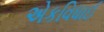
એકવિધાઈ